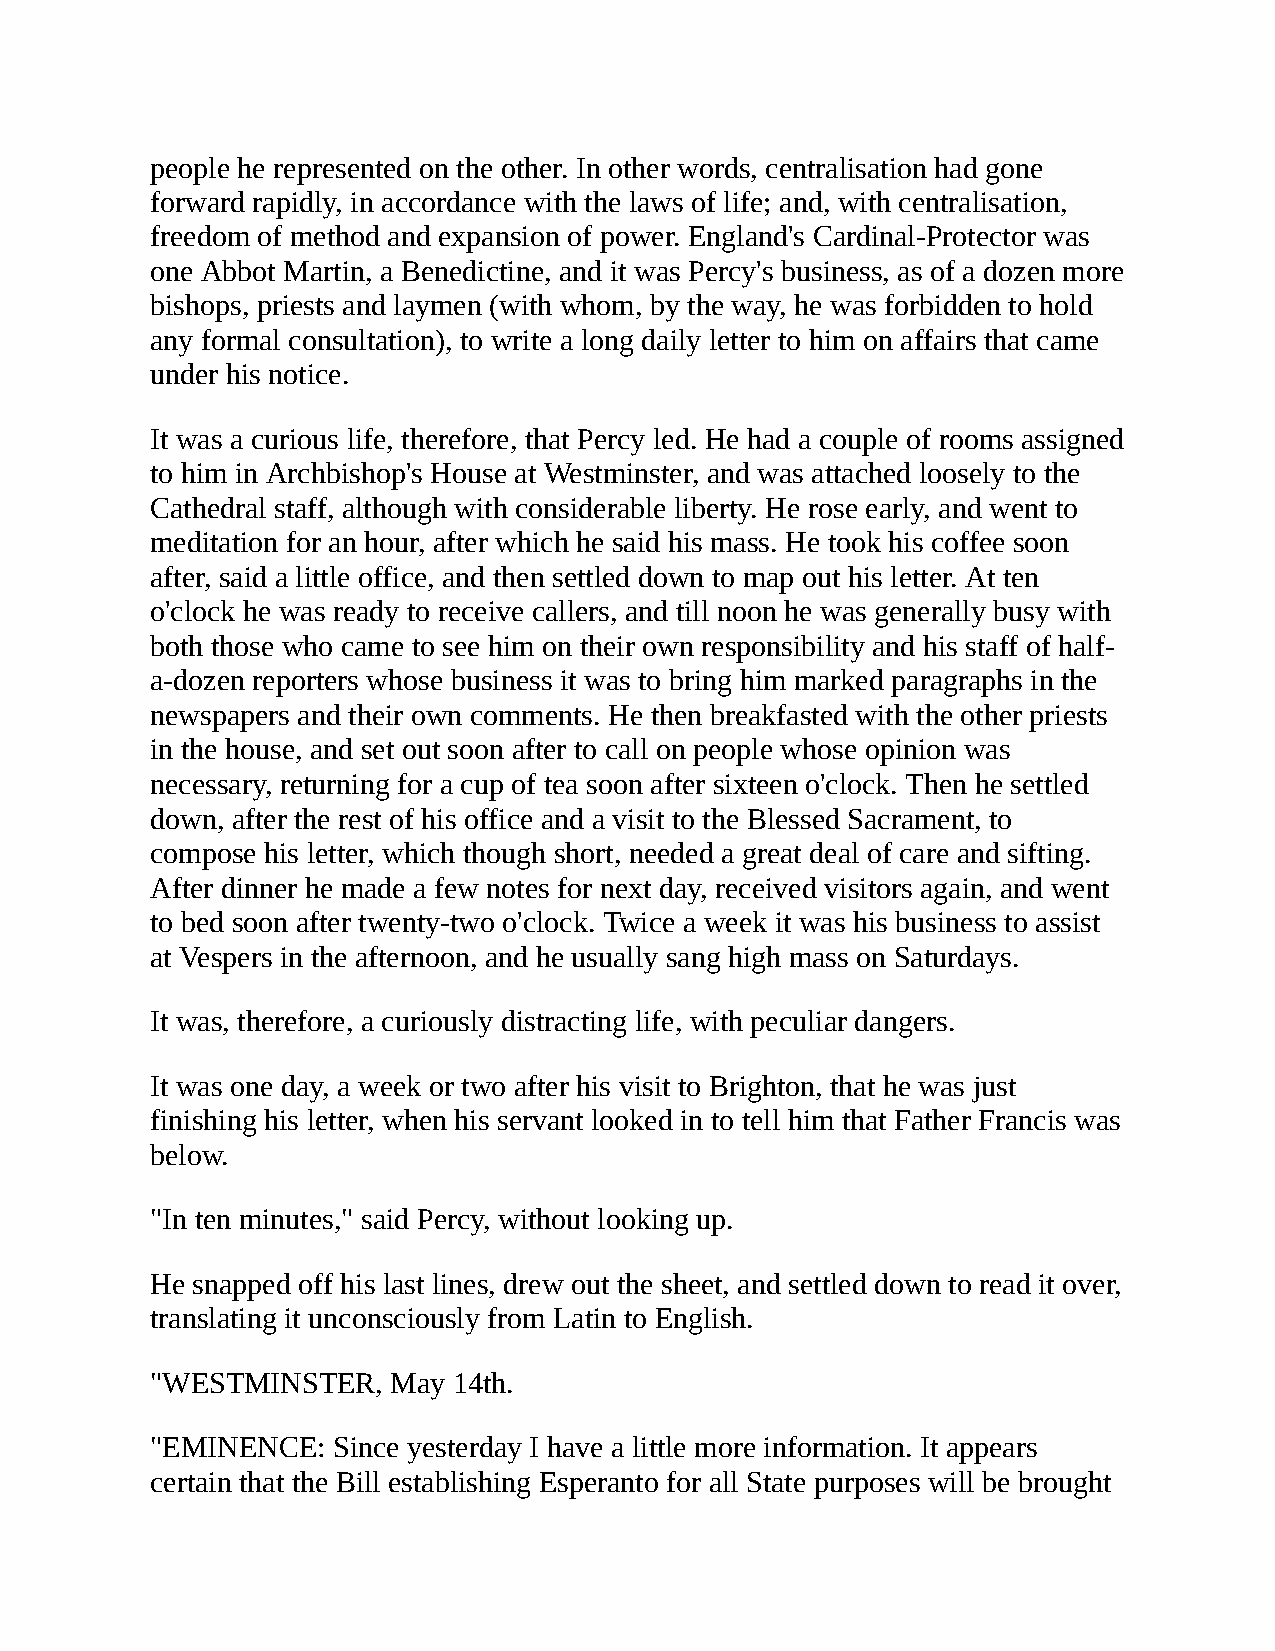
people he represented on the other. In other words, centralisation had gone
 forward rapidly, in accordance with the laws of life; and, with centralisation,
 freedom of method and expansion of power. England's Cardinal-Protector was
 one Abbot Martin, a Benedictine, and it was Percy's business, as of a dozen more
 bishops, priests and laymen (with whom, by the way, he was forbidden to hold
 any formal consultation), to write a long daily letter to him on affairs that came
 under his notice.
 It was a curious life, therefore, that Percy led. He had a couple of rooms assigned
 to him in Archbishop's House at Westminster, and was attached loosely to the
 Cathedral staff, although with considerable liberty. He rose early, and went to
 meditation for an hour, after which he said his mass. He took his coffee soon
 after, said a little office, and then settled down to map out his letter. At ten
 o'clock he was ready to receive callers, and till noon he was generally busy with
 both those who came to see him on their own responsibility and his staff of half-
 a-dozen reporters whose business it was to bring him marked paragraphs in the
 newspapers and their own comments. He then breakfasted with the other priests
 in the house, and set out soon after to call on people whose opinion was
 necessary, returning for a cup of tea soon after sixteen o'clock. Then he settled
 down, after the rest of his office and a visit to the Blessed Sacrament, to
 compose his letter, which though short, needed a great deal of care and sifting.
 After dinner he made a few notes for next day, received visitors again, and went
 to bed soon after twenty-two o'clock. Twice a week it was his business to assist
 at Vespers in the afternoon, and he usually sang high mass on Saturdays.
 It was, therefore, a curiously distracting life, with peculiar dangers.
 It was one day, a week or two after his visit to Brighton, that he was just
 finishing his letter, when his servant looked in to tell him that Father Francis was
 below.
 "In ten minutes," said Percy, without looking up.
 He snapped off his last lines, drew out the sheet, and settled down to read it over,
 translating it unconsciously from Latin to English.
 "WESTMINSTER,   May 14th.
 "EMINENCE:  Since yesterday I have a little more information. It appears
 certain that the Bill establishing Esperanto for all State purposes will be brought